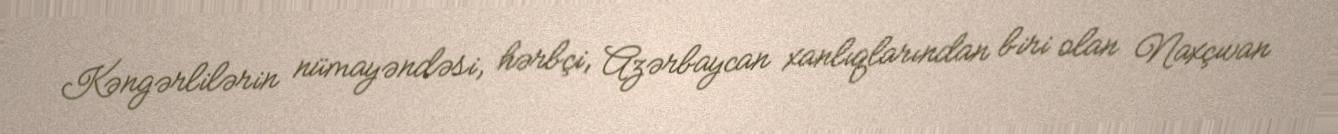
Kəngərlilərin nümayəndəsi, hərbçi, Azərbaycan xanlıqlarından biri olan Naxçıvan